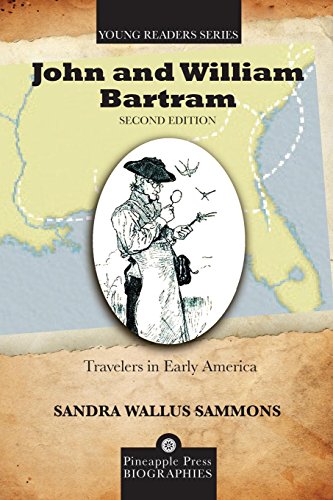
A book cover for John and William Bartram: Travelers in Early America (Pineapple Press Young Reader Biographies); Sandra Wallus Sammons; Teen & Young Adult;